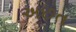
અછત